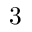
3